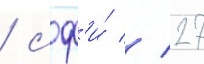
/ сф'и́ // 27